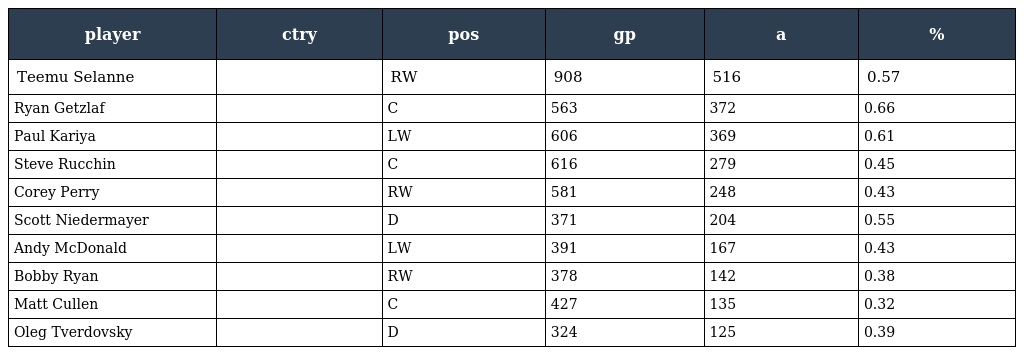
| player | ctry | pos | gp | a | % |
 | --- | --- | --- | --- | --- | --- |
 | Teemu Selanne |  | RW | 908 | 516 | 0.57 |
 | Ryan Getzlaf |  | C | 563 | 372 | 0.66 |
 | Paul Kariya |  | LW | 606 | 369 | 0.61 |
 | Steve Rucchin |  | C | 616 | 279 | 0.45 |
 | Corey Perry |  | RW | 581 | 248 | 0.43 |
 | Scott Niedermayer |  | D | 371 | 204 | 0.55 |
 | Andy McDonald |  | LW | 391 | 167 | 0.43 |
 | Bobby Ryan |  | RW | 378 | 142 | 0.38 |
 | Matt Cullen |  | C | 427 | 135 | 0.32 |
 | Oleg Tverdovsky |  | D | 324 | 125 | 0.39 |